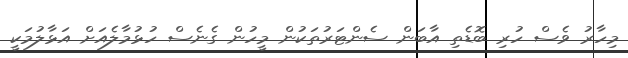
މިހާރު ވެސް ހުރި ބޮޑެތި އާބަން ސެންޓަރުތަކުން މީހުން ގެނެސް ހުޅުމާލެއަށް އަޅާލުމަކީ